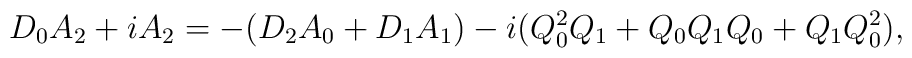
D_{0}A_{2}+iA_{2}=-(D_{2}A_{0}+D_{1}A_{1})-i(Q_{0}^{2}Q_{1}+Q_{0}Q_{1}Q_{0}+Q_{1}Q_{0}^{2}),